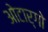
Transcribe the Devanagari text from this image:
ओटार्गो